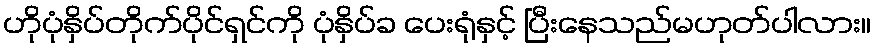
ဟိုပုံနှိပ်တိုက်ပိုင်ရှင်ကို ပုံနှိပ်ခ ပေးရုံနှင့် ပြီးနေသည်မဟုတ်ပါလား။